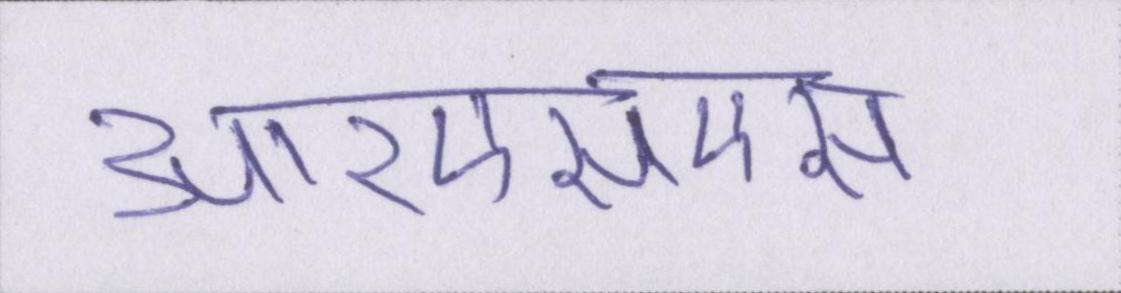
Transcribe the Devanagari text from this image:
आरएसएस